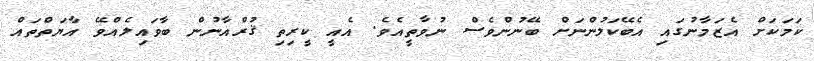
ކަމަކަށް އެޒަމާނުގައި އެބޭކަލުންނަށް ބޭނުންވެސް ނުވާތީއެވެ. އެއީ ކީރިތި ޤުރްއާނުން ބާވައިލެއްވޭ އާޔަތްތައް